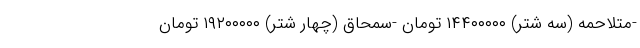
-متلاحمه (سه شتر) ۱۴۴۰۰۰۰۰ تومان -سمحاق (چهار شتر) ۱۹۲۰۰۰۰۰ تومان